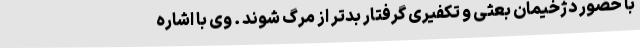
با حضور دژخیمان بعثی و تکفیری گرفتار بدتر از مرگ شوند . وی با اشاره